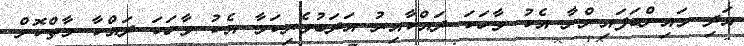
އަދި މައިންބަފައިންނާ އެކު ވާހަކަ ދައްކާއިރު އަދަބުވެރިކަމާ އެކު ވާހަކަ ދައްކާ މާތްކޮށް